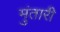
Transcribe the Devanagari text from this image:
मुंतारी